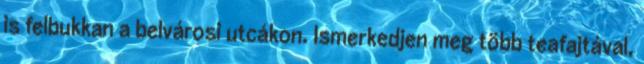
is felbukkan a belvárosi utcákon. Ismerkedjen meg több teafajtával,